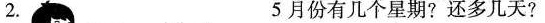
2. 5月份有几个星期?还多几天?